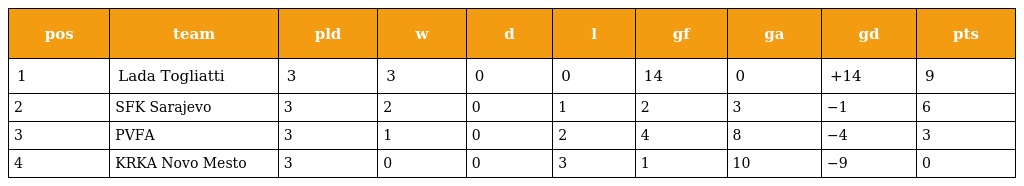
| pos | team | pld | w | d | l | gf | ga | gd | pts |
 | --- | --- | --- | --- | --- | --- | --- | --- | --- | --- |
 | 1 | Lada Togliatti | 3 | 3 | 0 | 0 | 14 | 0 | +14 | 9 |
 | 2 | SFK Sarajevo | 3 | 2 | 0 | 1 | 2 | 3 | −1 | 6 |
 | 3 | PVFA | 3 | 1 | 0 | 2 | 4 | 8 | −4 | 3 |
 | 4 | KRKA Novo Mesto | 3 | 0 | 0 | 3 | 1 | 10 | −9 | 0 |